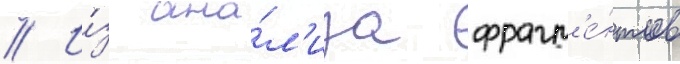
// И́з ана́л'иза фрагм'е́нтов